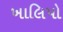
ખાલિપો